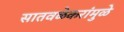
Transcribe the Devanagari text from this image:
सातवळेकरांमुळे